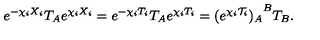
e ^ { - \chi _ { i } X _ { i } } T _ { A } e ^ { \chi _ { i } X _ { i } } = e ^ { - \chi _ { i } T _ { i } } T _ { A } e ^ { \chi _ { i } T _ { i } } = { ( e ^ { \chi _ { i } { \cal T } _ { i } } ) _ { A } } ^ { B } T _ { B } .